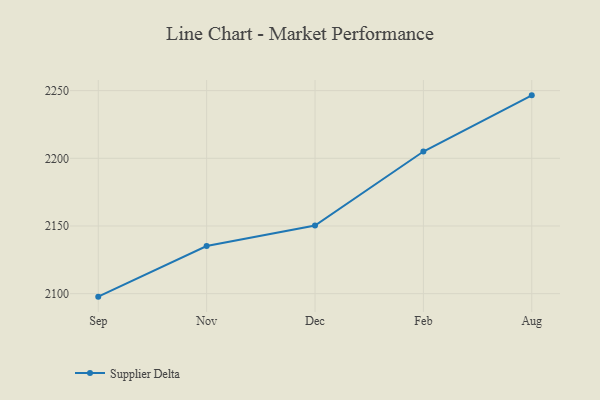
{"axis": {"x": "Month", "y": "Production Output"}, "legend": ["Supplier Delta"], "data": [{"x": "Sep", "y": 2097.8, "type": "Supplier Delta"}, {"x": "Nov", "y": 2135.2, "type": "Supplier Delta"}, {"x": "Dec", "y": 2150.3, "type": "Supplier Delta"}, {"x": "Feb", "y": 2205.0, "type": "Supplier Delta"}, {"x": "Aug", "y": 2246.5, "type": "Supplier Delta"}]}